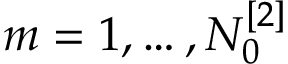
m = 1 , \dots , N _ { 0 } ^ { [ 2 ] }